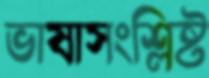
ভাষাসংশ্লিষ্ট